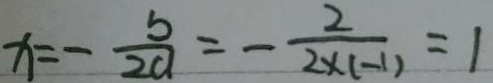
x = - \frac { b } { 2 a } = - \frac { 2 } { 2 \times ( - 1 ) } = 1